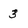
Character: 3